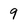
Character: 9